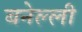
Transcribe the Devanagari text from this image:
बनेल्ली